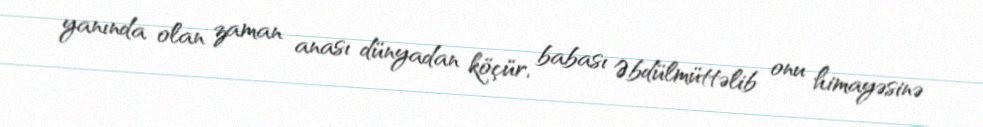
yanında olan zaman anası dünyadan köçür, babası Əbdülmüttəlib onu himayəsinə